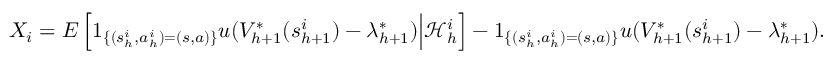
\begin{array} { r } { X _ { i } = E \left[ 1 _ { \{ ( s _ { h } ^ { i } , a _ { h } ^ { i } ) = ( s , a ) \} } u ( V _ { h + 1 } ^ { * } ( s _ { h + 1 } ^ { i } ) - \lambda _ { h + 1 } ^ { * } ) \Big \vert \mathcal { H } _ { h } ^ { i } \right] - 1 _ { \{ ( s _ { h } ^ { i } , a _ { h } ^ { i } ) = ( s , a ) \} } u ( V _ { h + 1 } ^ { * } ( s _ { h + 1 } ^ { i } ) - \lambda _ { h + 1 } ^ { * } ) . } \end{array}